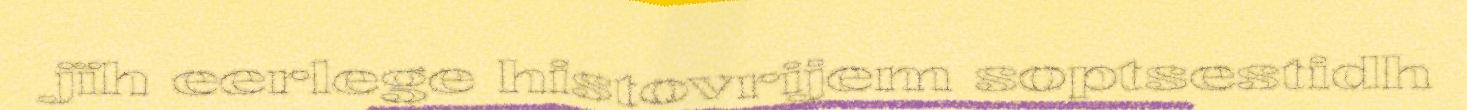
jïh eerlege histovrijem soptsestidh